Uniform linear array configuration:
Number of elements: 4
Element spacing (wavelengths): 0.5
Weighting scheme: uniform
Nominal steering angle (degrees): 45
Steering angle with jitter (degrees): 46.467
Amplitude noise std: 0.05
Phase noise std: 0.05

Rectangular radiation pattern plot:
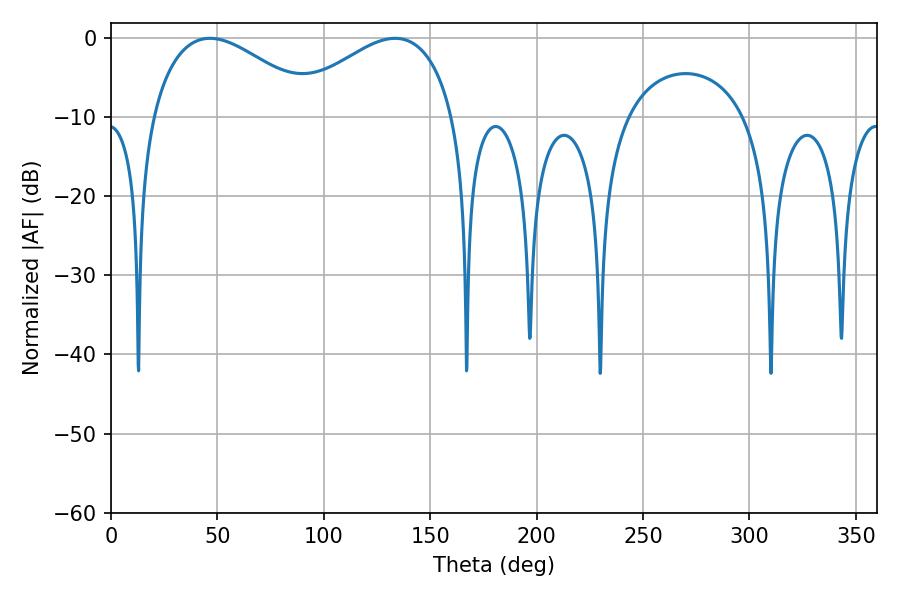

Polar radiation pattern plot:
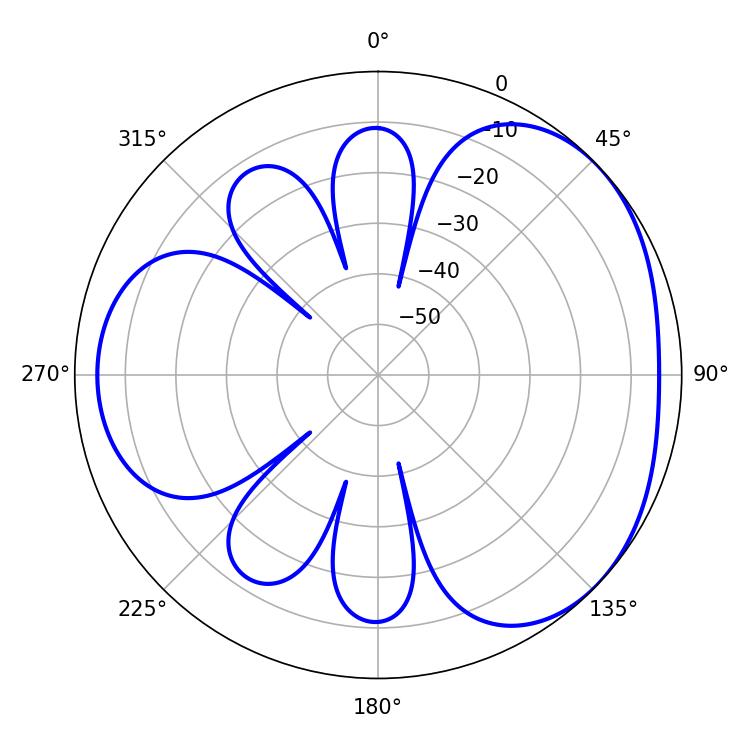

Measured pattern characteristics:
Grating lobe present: FALSE
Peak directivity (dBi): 3.389
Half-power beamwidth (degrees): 42.84
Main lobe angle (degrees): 46.44